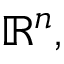
\mathbb { R } ^ { n } ,